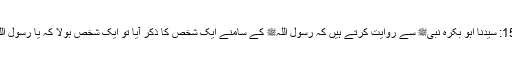
1510: سیدنا ابو بکرہؓ نبیﷺ سے روایت کرتے ہیں کہ رسول اللہﷺ کے سامنے ایک شخص کا ذکر آیا تو ایک شخص بولا کہ یا رسول اللہﷺ!